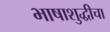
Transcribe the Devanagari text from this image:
भाषाशुद्धीचा